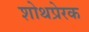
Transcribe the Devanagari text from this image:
शोथप्रेरक